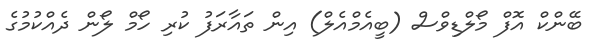
ބޭންކް އޮފް މޯލްޑިވްސް (ބީއެމްއެލް) އިން ތައާރަފު ކުރި ހޯމް ލޯން ދެއްކުމުގެ